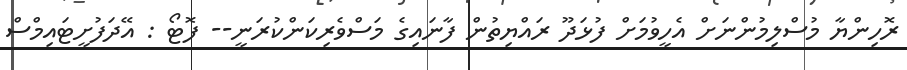
ރޮހިންޔާ މުސްލިމުންނަށް އެހީވުމަށް ފުޅަދޫ ރައްޔިތުން ފާނައިގެ މަސްވެރިކަންކުރަނީ-- ފޮޓޯ : އޭދަފުށީޓައިމްސް